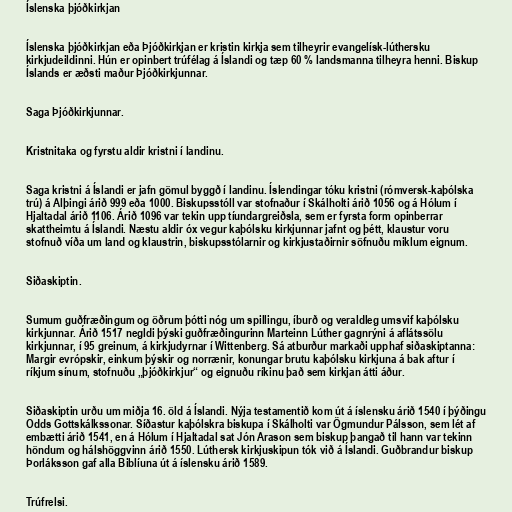
Íslenska þjóðkirkjan

Íslenska þjóðkirkjan eða Þjóðkirkjan er kristin kirkja sem tilheyrir evangelísk-lúthersku
kirkjudeildinni. Hún er opinbert trúfélag á Íslandi og tæp 60 % landsmanna tilheyra henni. Biskup
Íslands er æðsti maður Þjóðkirkjunnar.

Saga Þjóðkirkjunnar.

Kristnitaka og fyrstu aldir kristni í landinu.

Saga kristni á Íslandi er jafn gömul byggð í landinu. Íslendingar tóku kristni (rómversk-kaþólska
trú) á Alþingi árið 999 eða 1000. Biskupsstóll var stofnaður í Skálholti árið 1056 og á Hólum í
Hjaltadal árið 1106. Árið 1096 var tekin upp tíundargreiðsla, sem er fyrsta form opinberrar
skattheimtu á Íslandi. Næstu aldir óx vegur kaþólsku kirkjunnar jafnt og þétt, klaustur voru
stofnuð víða um land og klaustrin, biskupsstólarnir og kirkjustaðirnir söfnuðu miklum eignum.

Siðaskiptin.

Sumum guðfræðingum og öðrum þótti nóg um spillingu, íburð og veraldleg umsvif kaþólsku
kirkjunnar. Árið 1517 negldi þýski guðfræðingurinn Marteinn Lúther gagnrýni á aflátssölu
kirkjunnar, í 95 greinum, á kirkjudyrnar í Wittenberg. Sá atburður markaði upphaf siðaskiptanna:
Margir evrópskir, einkum þýskir og norrænir, konungar brutu kaþólsku kirkjuna á bak aftur í
ríkjum sínum, stofnuðu „þjóðkirkjur“ og eignuðu ríkinu það sem kirkjan átti áður.

Siðaskiptin urðu um miðja 16. öld á Íslandi. Nýja testamentið kom út á íslensku árið 1540 í þýðingu
Odds Gottskálkssonar. Síðastur kaþólskra biskupa í Skálholti var Ögmundur Pálsson, sem lét af
embætti árið 1541, en á Hólum í Hjaltadal sat Jón Arason sem biskup þangað til hann var tekinn
höndum og hálshöggvinn árið 1550. Lúthersk kirkjuskipun tók við á Íslandi. Guðbrandur biskup
Þorláksson gaf alla Biblíuna út á íslensku árið 1589.

Trúfrelsi.